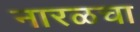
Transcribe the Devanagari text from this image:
नारळचा